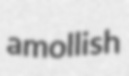
amollish